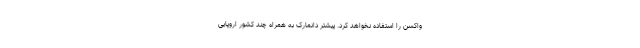
واکسن را استفاده نخواهد کرد. پیشتر دانمارک به همراه چند کشور اروپایی